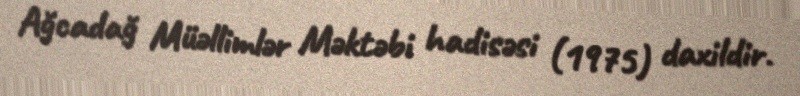
Ağcadağ Müəllimlər Məktəbi hadisəsi (1975) daxildir.